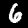
Digit: 6